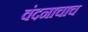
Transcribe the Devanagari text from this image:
वंदनाचाच